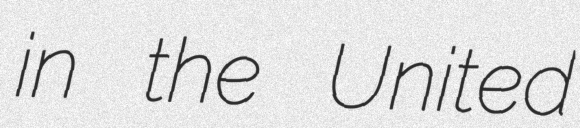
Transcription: in the United